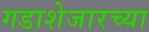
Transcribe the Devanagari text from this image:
गडाशेजारच्या